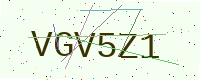
Text: VGV5Z1